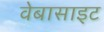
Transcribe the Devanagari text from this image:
वेबासाइट